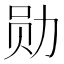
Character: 勋